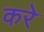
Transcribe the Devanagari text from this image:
करेे